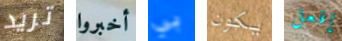
تريد أخبروا بي يكون إفعل